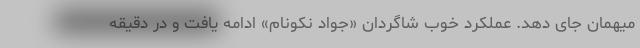
میهمان جای دهد. عملکرد خوب شاگردان «جواد نکونام» ادامه یافت و در دقیقه